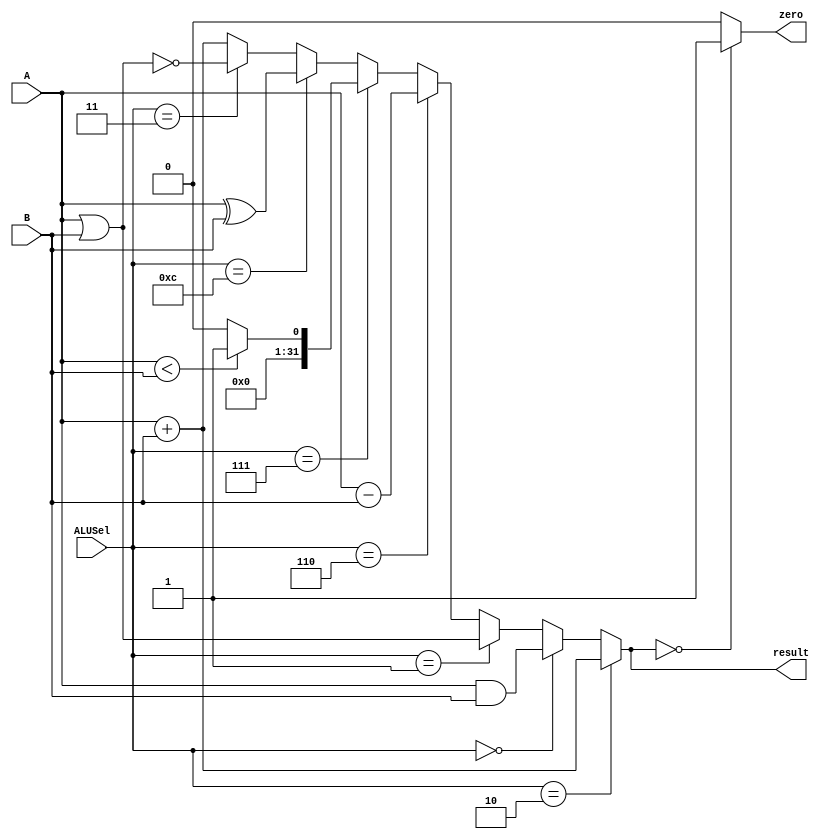
`timescale 1ns / 1ps
//////////////////////////////////////////////////////////////////////////////////
// Company: 
// Engineer: 
// 
// Design Name: 
// Module Name: ALU
// Project Name: 
// Target Devices: 
// Tool Versions: 
// Description: 
// 
// Dependencies: 
// 
// Revision:
// Revision 0.01 - File Created
// Additional Comments:
// 
//////////////////////////////////////////////////////////////////////////////////


module ALU(
    input [31:0]A,
    input [31:0]B,
    input [3:0]ALUSel,
    output zero,
    output reg[31:0]result
    );

    initial begin
        result = 0;
    end

    assign zero = (result == 0) ? 1 : 0;

    always@(*)
    begin
        if(ALUSel == 4'b0010)     result = A + B;
        else if(ALUSel == 4'b0000)result = A & B;
        else if(ALUSel == 4'b0001)result = A | B;
        else if(ALUSel == 4'b0110)result = A - B;
        else if(ALUSel == 4'b0111)result = (A < B) ? 1 : 0;
        else if(ALUSel == 4'b1100)result = A ^ B;
        else if(ALUSel == 4'b0011)result = ~(A | B);
        else result = A + B;
    end
    
endmodule